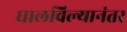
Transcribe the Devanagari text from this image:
घालविल्यानंतर